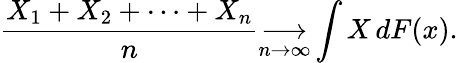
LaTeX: {\frac{X_{1}+X_{2}+\cdots+X_{n}}{n}}{\underset{n\to\infty}{\longrightarrow}}\int X\, dF(x).